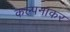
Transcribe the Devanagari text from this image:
कल्पनाकर